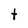
Character: t